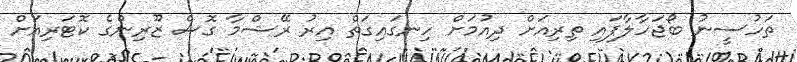
ތަހުސީނު ބޯޖަހާލާފައި ތިރިއަށް ދިއުމަށް ހިނގައިގަތް އިރު ރޭޝްމާ ގޮސް ޒޫރިންގެ ކޮޓަރިއަށް